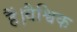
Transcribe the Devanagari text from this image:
हैं।वैश्विक